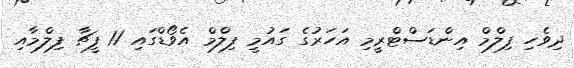
ދިވެހި ފިލްމް އިންޑަސްޓްރީމި އަހަރުގެ ގައުމީ ފިލްމް އެވޯޑްގައި 11 ފީޗާ ފިލްމާއި